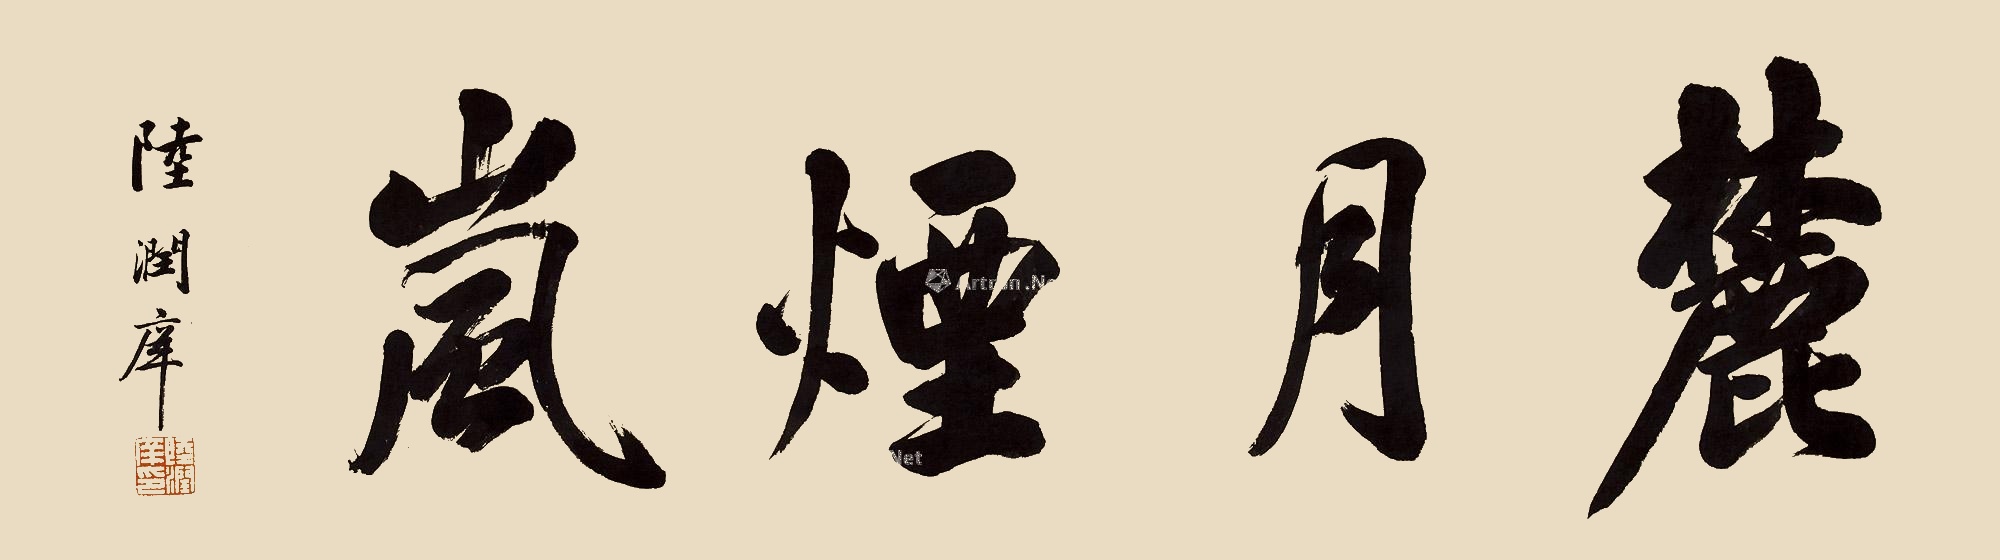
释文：麓月烟岚。陆润庠。